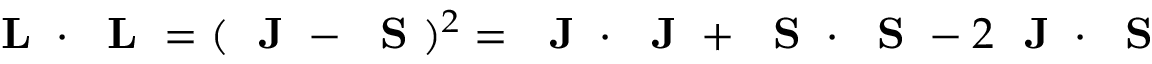
\mathrm { ~ \bf ~ L ~ } \cdot \mathrm { ~ \bf ~ L ~ } = ( \mathrm { ~ \bf ~ J ~ } - \mathrm { ~ \bf ~ S ~ } ) ^ { 2 } = \mathrm { ~ \bf ~ J ~ } \cdot \mathrm { ~ \bf ~ J ~ } + \mathrm { ~ \bf ~ S ~ } \cdot \mathrm { ~ \bf ~ S ~ } - 2 \mathrm { ~ \bf ~ J ~ } \cdot \mathrm { ~ \bf ~ S ~ }